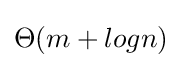
\Theta (m+logn)